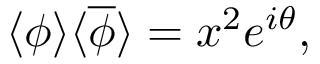
\langle \phi \rangle \langle { \overline { { \phi } } } \rangle = x ^ { 2 } e ^ { i \theta } ,